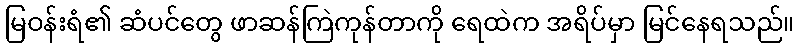
မြဝန်းရံ၏ ဆံပင်တွေ ဖာဆန်ကြဲကုန်တာကို ရေထဲက အရိပ်မှာ မြင်နေရသည်။